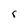
Character: r